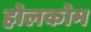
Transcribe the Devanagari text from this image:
होलकोम